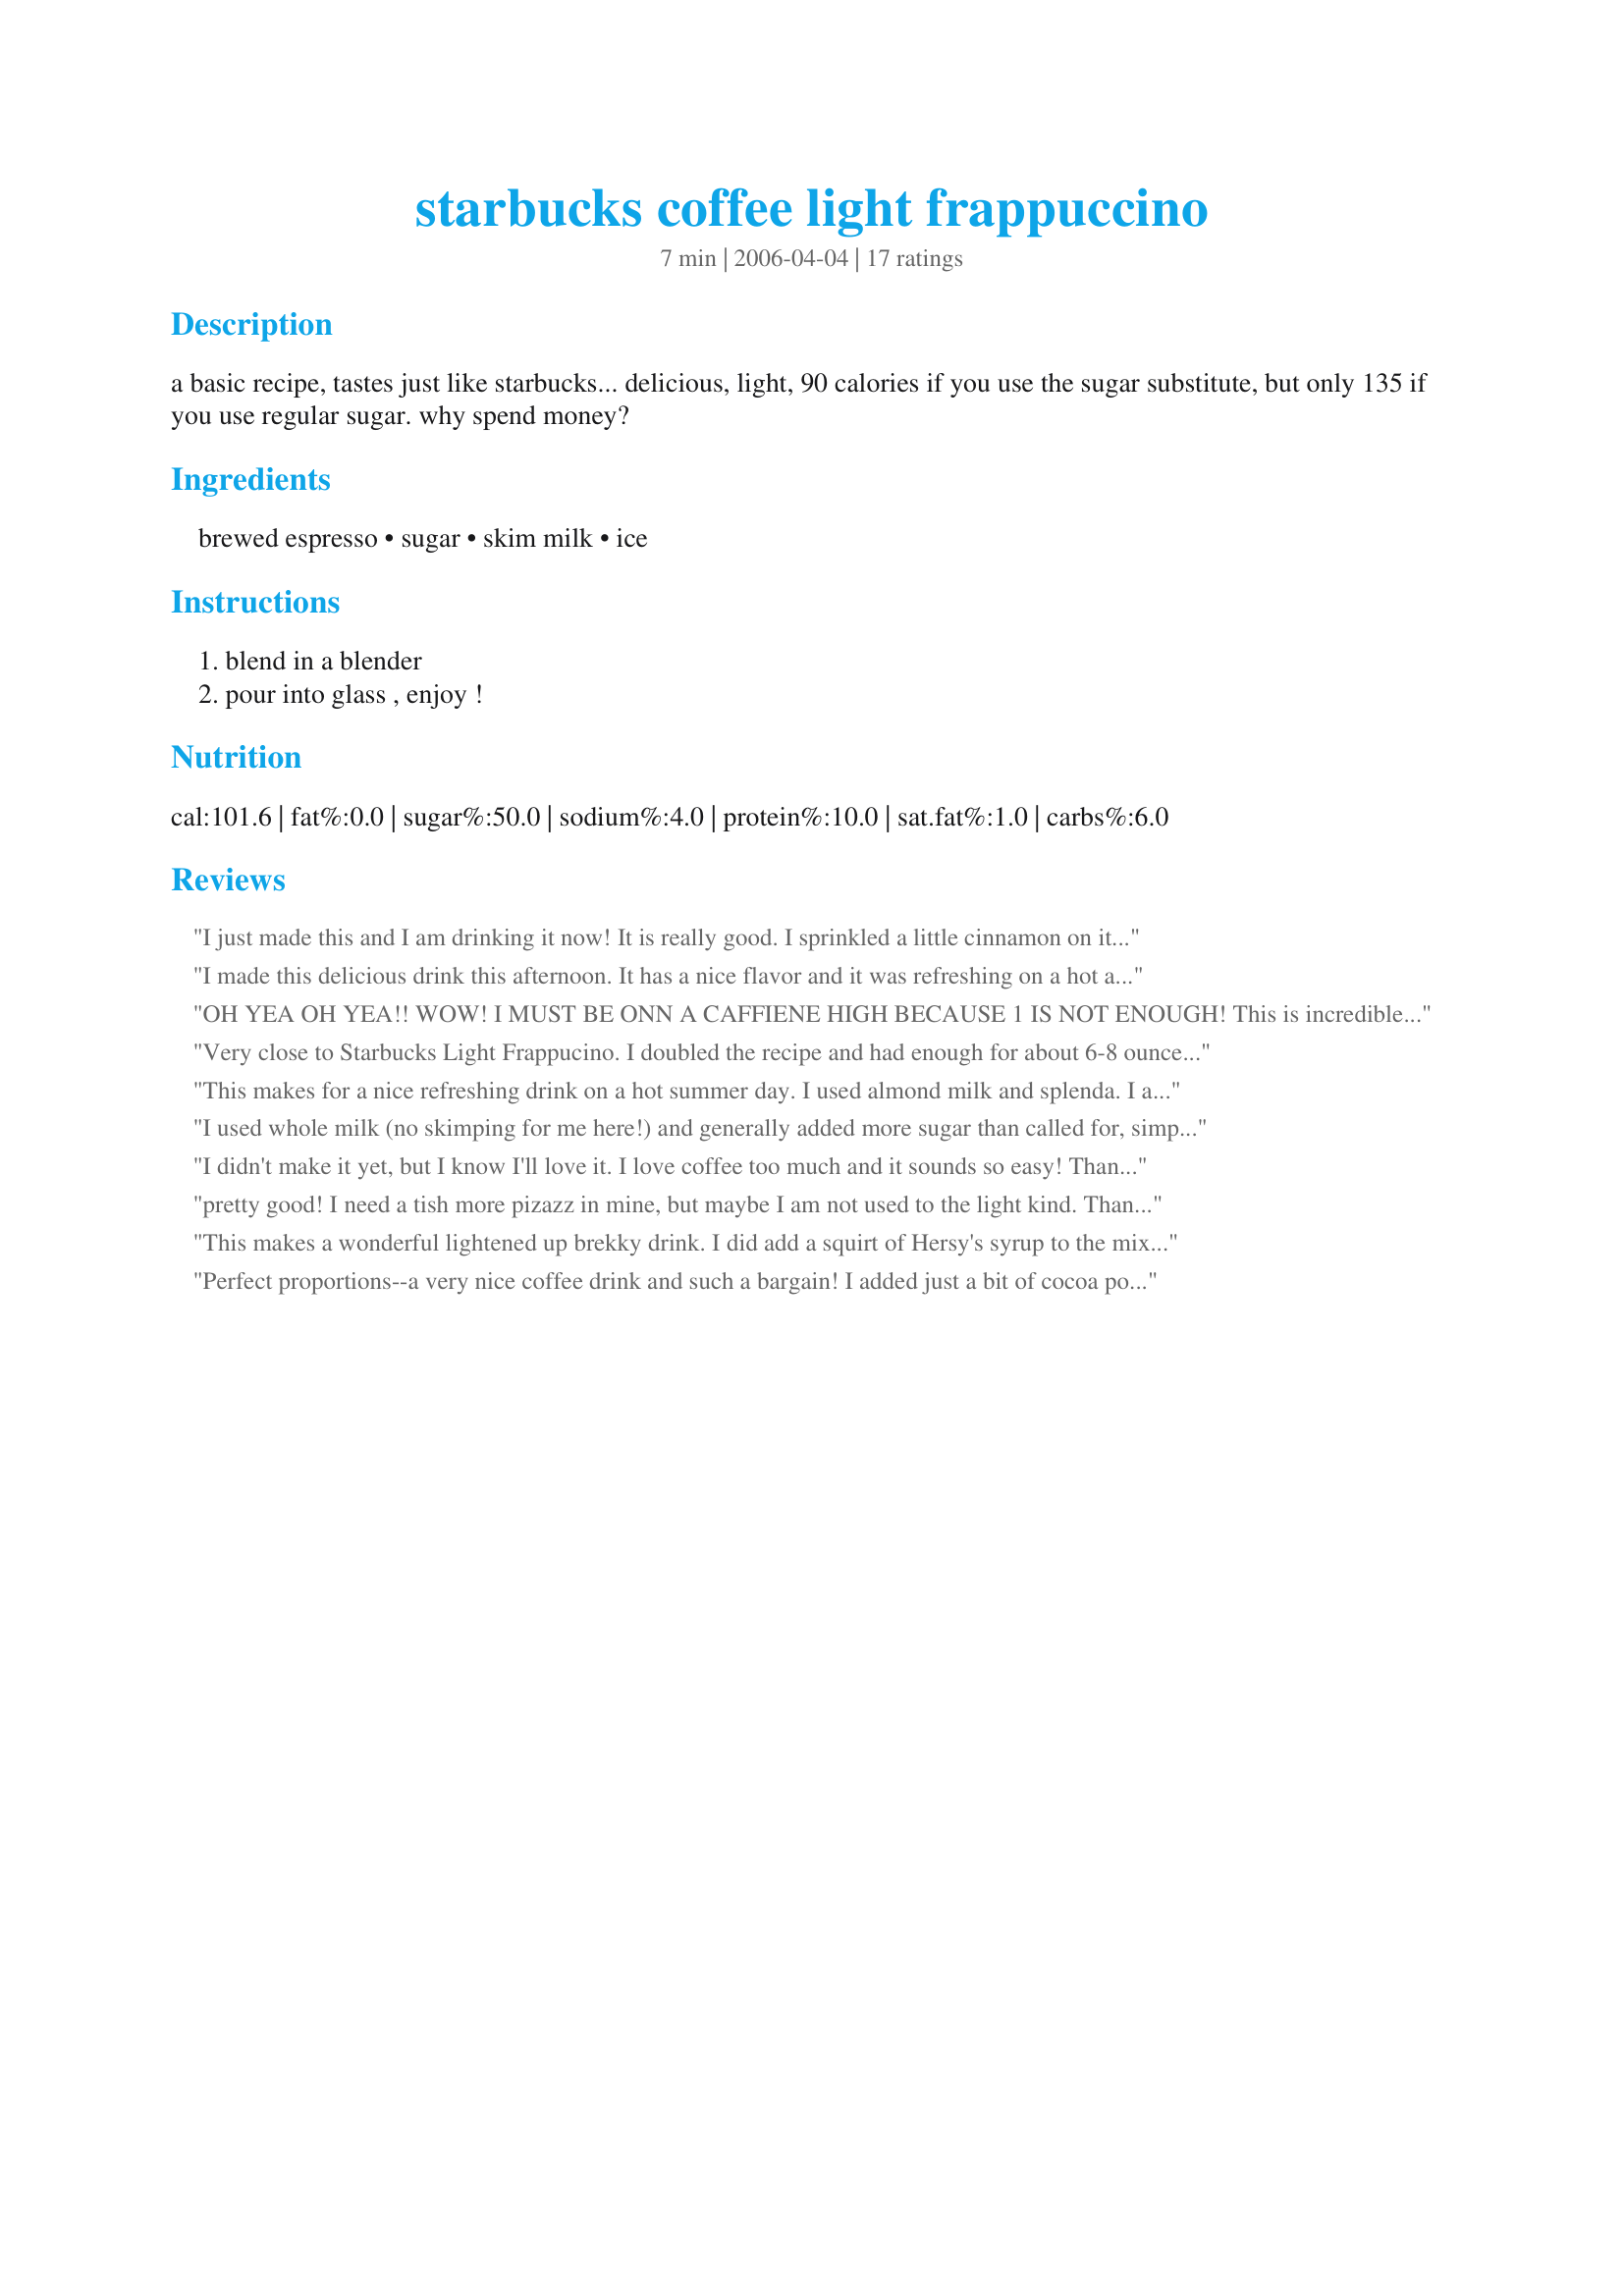
starbucks coffee light frappuccino
Preparation time: 7 minutes

a basic recipe, tastes just like starbucks... delicious, light, 90 calories if you use the sugar substitute, but only 135 if you use regular sugar. why spend money?

Ingredients:
brewed espresso, sugar, skim milk, ice

Steps:
blend in a blender, pour into glass , enjoy !

Reviews:
I just made this and I am drinking it now! It is really good. I sprinkled a little cinnamon on it. It may even be good with a quick squirt of chocolate syrup. I dont think i made my coffee strong enough though so that is the only thing I would do different. Thank you for sharing
I made this delicious drink this afternoon. It has a nice flavor and it was refreshing on a hot afternoon. I know I will be making this often. I think it would be good with chocolate milk too. Thanks for sharing your recipe and the photo makes it look very inviting.
OH YEA OH YEA!! WOW! I MUST BE ONN A CAFFIENE HIGH BECAUSE 1 IS NOT ENOUGH! This is incredible for coffee lovers. I will keep this recipe at hand for me dessert portion of dinner as it gives me the flavors of a dessert but not the calories and I am a coffee-holic.
Thank you!
Very close to Starbucks Light Frappucino. I doubled the recipe and had enough for about 6-8 ounce servings, used 3 tablespoons of sugar for our taste and sprinkled a bit of cocoa powder on top to serve.
This makes for a nice refreshing drink on a hot summer day. I used almond milk and splenda. I also added about 1/2 teaspoon of vanilla. Next time, I think I will just use one cup of ice instead of 1 1/2 it was very thick and icy. I liked it better when the ice started to melt. Made for July 2011 All You Can Cook Buffet.
I used whole milk (no skimping for me here!) and generally added more sugar than called for, simply because I like my coffee very sweet. Otherwise-- great base recipe, I'll be using it again, adding caramel or chocolate for extra flavor. Thanks for posting!
I didn't make it yet, but I know I'll love it. I love coffee too much and it sounds so easy!
Thank you :)
pretty good! I need a tish more pizazz in mine, but maybe I am not used to the light kind. Thanks for the recipe! It hit the spot!
This makes a wonderful lightened up brekky drink. I did add a squirt of Hersy's syrup to the mix and it turned out wonderful. Thanks for posting KITT. Made for I Recommend!~
Perfect proportions--a very nice coffee drink and such a bargain! I added just a bit of cocoa powder to make mine a Mocha-frappucino. Thank you Chef!
I loved it, and it's just so easy to make...!
This was really good! I used real sugar because we were out of sugar substitute. It was sooo delicious. Thanks for posting, KTT!
This turned out yummy, but I'll admit that I added a little bit of Hershey's sugar free chocolate syrup to the mix and sprinkled it with cinnamon. Also, I had to throw out a little more than 1/3 of it. It made a huge amount. More like two servings rather than one. It didn't fit in my glass, and I used a large glass. Next time I'll make half of the recipe.
This was wonderful. It tasted just like the Light Coffee Frappucino from Starbucks!!!
Always using coffee as a way to sneak dairy into my diet. This was a perfect foil and allowed me to enjoy every delicious drop. My frosty treat was made with Splenda so it was just 1 point for WW. Thanks!
Loved it! Used almond milk instead, but great nonetheless. Thanks!
Mmmm, this is good. I got a blender for Christmas and this was the first recipe I tried in it. I used Starbucks coffee, 2 truvia packets, and a small dash of dark cocoa. I also added some cinnamon with the grinds when I brewed the coffee. This recipe made PLENTY, enough to fill my tall glass twice. Thanks for sharing!
